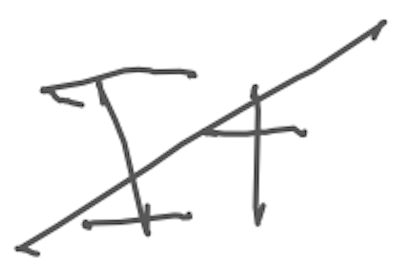
Text: It
Cross-out: diagonal
Writing tool: digital_gray